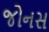
જોનસ